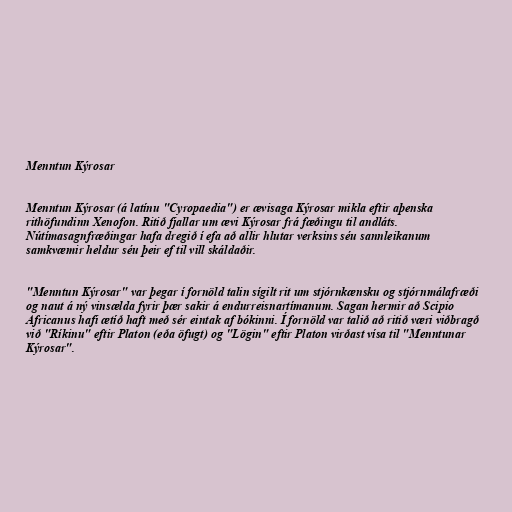
Menntun Kýrosar

Menntun Kýrosar (á latínu "Cyropaedia") er ævisaga Kýrosar mikla eftir aþenska
rithöfundinn Xenofon. Ritið fjallar um ævi Kýrosar frá fæðingu til andláts.
Nútímasagnfræðingar hafa dregið í efa að allir hlutar verksins séu sannleikanum
samkvæmir heldur séu þeir ef til vill skáldaðir.

"Menntun Kýrosar" var þegar í fornöld talin sígilt rit um stjórnkænsku og stjórnmálafræði
og naut á ný vinsælda fyrir þær sakir á endurreisnartímanum. Sagan hermir að Scipio
Africanus hafi ætíð haft með sér eintak af bókinni. Í fornöld var talið að ritið væri viðbragð
við "Ríkinu" eftir Platon (eða öfugt) og "Lögin" eftir Platon virðast vísa til "Menntunar
Kýrosar".